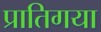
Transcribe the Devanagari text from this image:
प्रातिगया